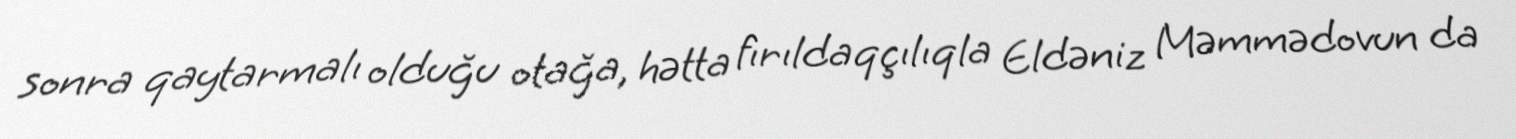
sonra qaytarmalı olduğu otağa, hətta fırıldaqçılıqla Eldəniz Məmmədovun da